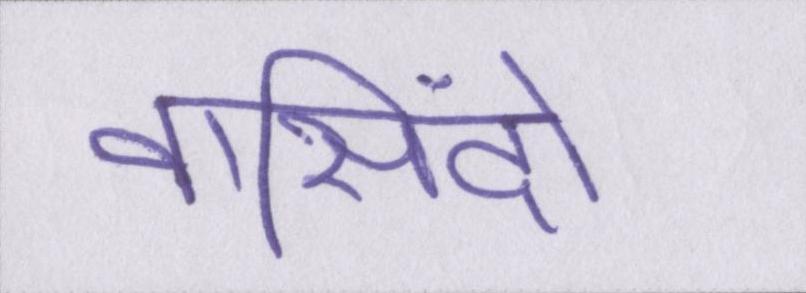
वासिंदो